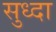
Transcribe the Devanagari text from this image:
सुध्‍दा